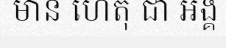
មាន ហេតុ ជា អង្គ